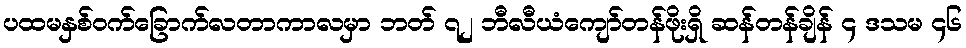
ပထမနှစ်ဝက်ခြောက်လတာကာလမှာ ဘတ် ၇၂ ဘီလီယံကျော်တန်ဖိုးရှိ ဆန်တန်ချိန် ၄ ဒသမ ၄၆